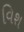
વિશ